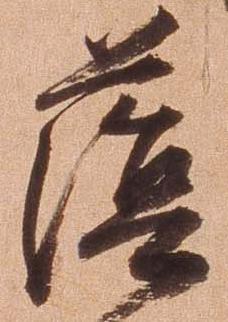
蔭